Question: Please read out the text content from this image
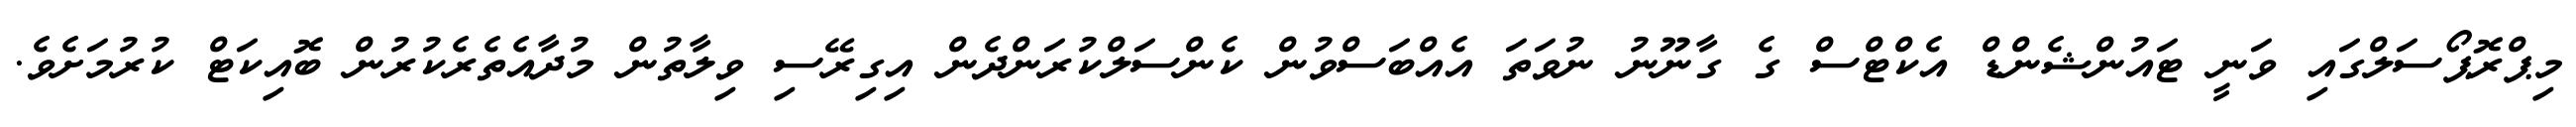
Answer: މިޕްރޮޕޯސަލްގައި ވަނީ ޓައުންޝެންޑް އެކްޓްސް ގެ ގާނޫނު ނުވަތަ އެއްބަސްވުން ކެންސަލްކުރަންދެން އިގިރޭސި ވިލާތުން މުދާއެތެރެކުރުން ބޮއިކަޓް ކުރުމަށެވެ.